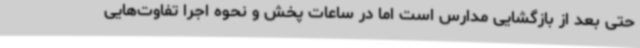
حتی بعد از بازگشایی مدارس است اما در ساعات پخش و نحوه اجرا تفاوت‌هایی